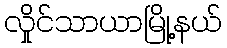
လှိုင်သာယာမြို့နယ်